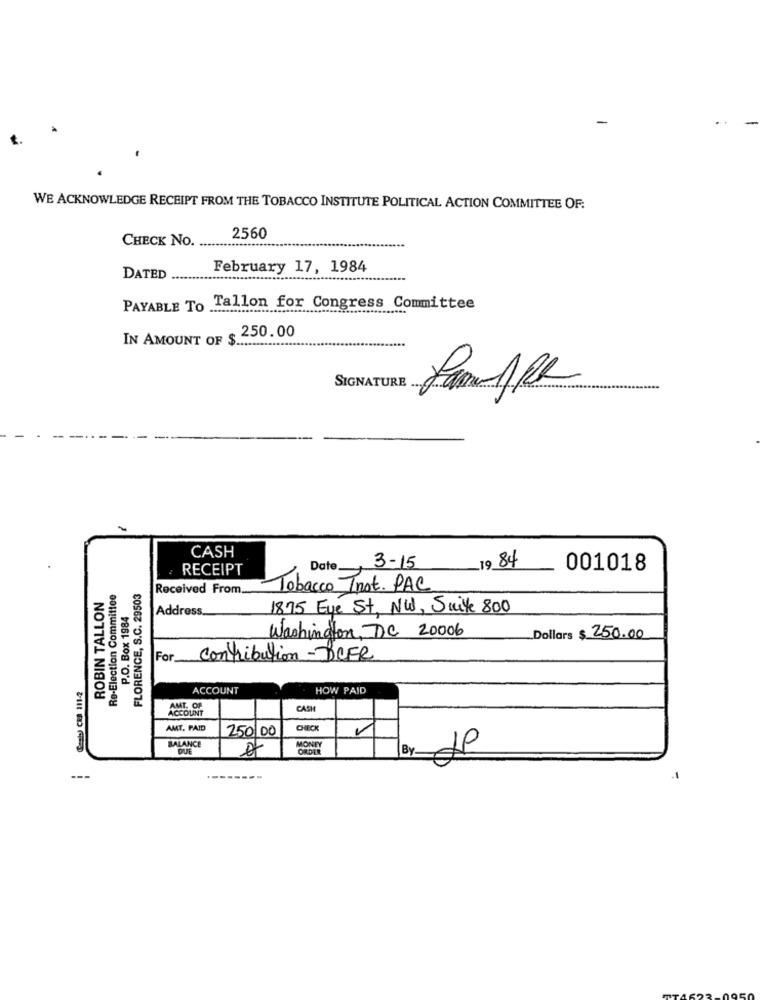
-
WE ACKNOWLEDGE RECEIPT FROM THE TOBACCO INSTITUTE POLITICAL ACTION COMMITTEE OF:
CHECK NO.
2560
February 17, 1984
DATED .
PAYABLE To Tallon for Congress Committee
IN AMOUNT OF $ 250.00
SIGNATURE
CASH
-1984
RECEIPT
Date
3-15
001018
Re-Election Committee
FLORENCE, S.C. 29503
Received From __.
Tobacco Inot. PAC
ROBIN TALLON
P.O. Box 1984
Address
1875 Eye St, NW, Suite 800
Washington, DC 20006
Dollars $ 250.00
For Contribution-BOFR
Cash) CRA 111-4
ACCOUNT
HOW PAID
AMT. OF
ACCOUNT
CASH
AMT. PAID
250 00
CHECK
BALANCE
DUE
MONEY
ORDER
---